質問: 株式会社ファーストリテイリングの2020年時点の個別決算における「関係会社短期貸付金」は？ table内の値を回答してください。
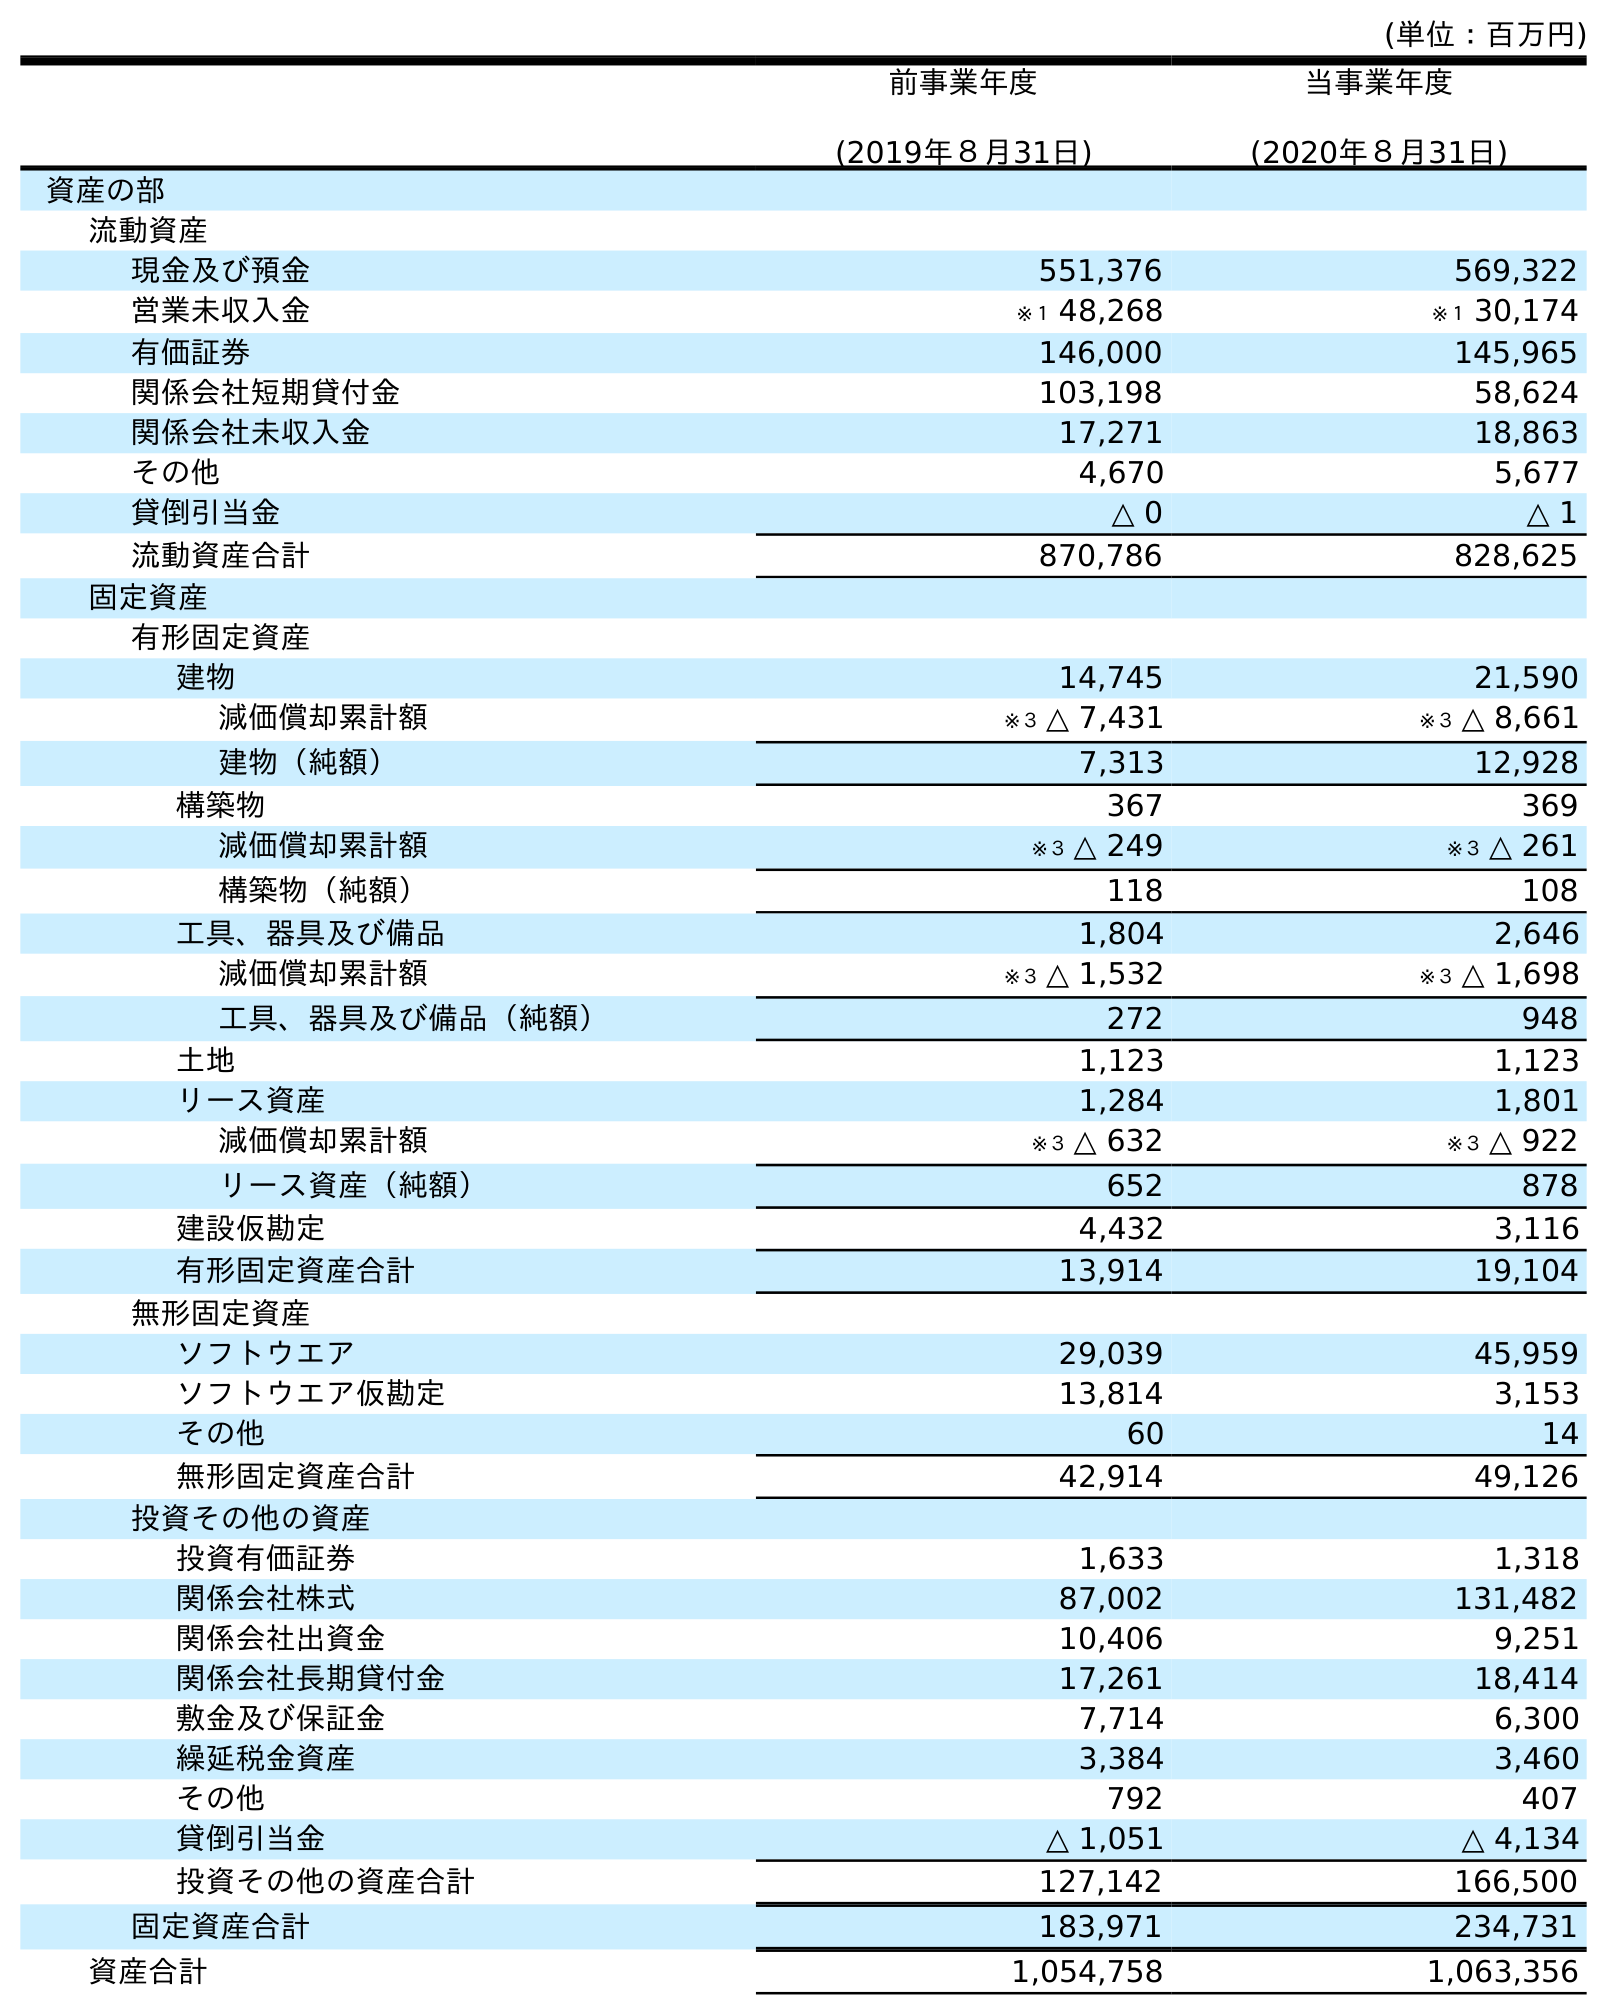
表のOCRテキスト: (単位：百万円) 前事業年度 (2019年８月31日) 当事業年度 (2020年８月31日) 資産の部 流動資産 現金及び預金 551,376 569,322 営業未収入金 ※１ 48,268 ※１ 30,174 有価証券 146,000 145,965 関係会社短期貸付金 103,198 58,624 関係会社未収入金 17,271 18,863 その他 4,670 5,677 貸倒引当金 △ 0 △ 1 流動資産合計 870,786 828,625 固定資産 有形固定資産 建物 14,745 21,590 減価償却累計額 ※３ △ 7,431 ※３ △ 8,661 建物（純額） 7,313 12,928 構築物 367 369 減価償却累計額 ※３ △ 249 ※３ △ 261 構築物（純額） 118 108 工具、器具及び備品 1,804 2,646 減価償却累計額 ※３ △ 1,532 ※３ △ 1,698 工具、器具及び備品（純額） 272 948 土地 1,123 1,123 リース資産 1,284 1,801 減価償却累計額 ※３ △ 632 ※３ △ 922 リース資産（純額） 652 878 建設仮勘定 4,432 3,116 有形固定資産合計 13,914 19,104 無形固定資産 ソフトウエア 29,039 45,959 ソフトウエア仮勘定 13,814 3,153 その他 60 14 無形固定資産合計 42,914 49,126 投資その他の資産 投資有価証券 1,633 1,318 関係会社株式 87,002 131,482 関係会社出資金 10,406 9,251 関係会社長期貸付金 17,261 18,414 敷金及び保証金 7,714 6,300 繰延税金資産 3,384 3,460 その他 792 407 貸倒引当金 △ 1,051 △ 4,134 投資その他の資産合計 127,142 166,500 固定資産合計 183,971 234,731 資産合計 1,054,758 1,063,356
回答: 58,624